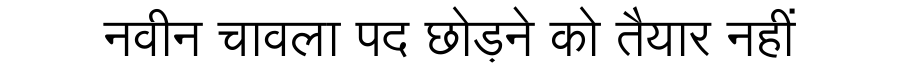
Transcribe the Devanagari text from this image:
नवीन चावला पद छोड़ने को तैयार नहीं